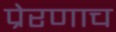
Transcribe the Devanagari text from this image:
प्रेरणाच